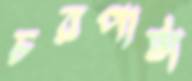
চরপাটা